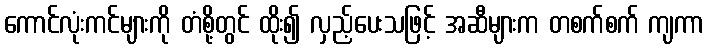
ကောင်လုံးကင်များကို တံစို့တွင် ထိုး၍ လှည့်ပေးသဖြင့် အဆီများက တစက်စက် ကျကာ